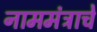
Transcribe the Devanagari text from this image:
नाममंत्राचे